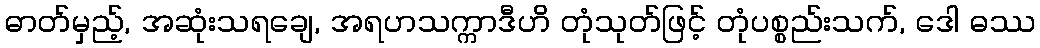
ဓာတ်မှည့်, အဆုံးသရချေ, အရဟသက္ကာဒီဟိ တုံသုတ်ဖြင့် တုံပစ္စည်းသက်, ဒေါ ဓဿ